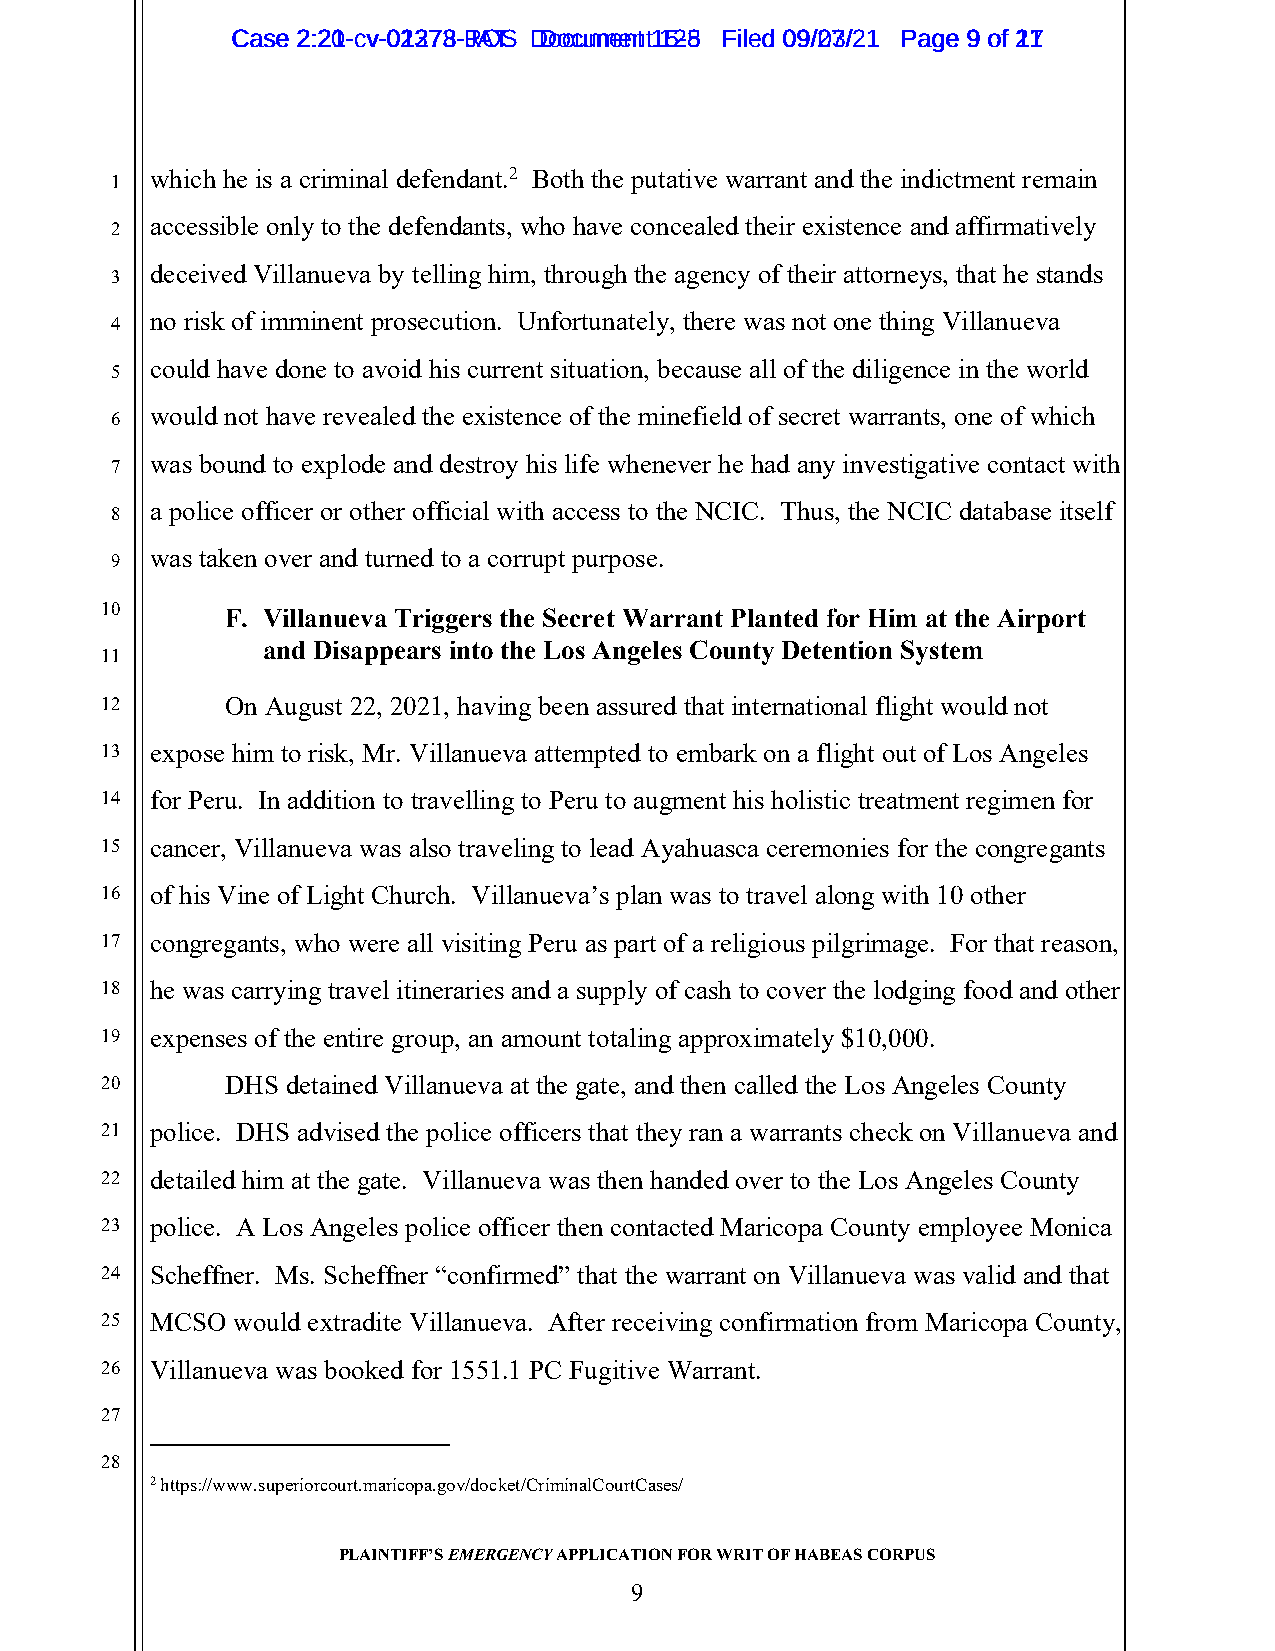
CCaassee 22::2201--ccvv--0021327738--RJAOTS D Dooccuummeennt t1 152-85 FFiilleedd 0099//2073//2211 PPaaggee 99 ooff 2117
 which he is a criminal defendant.2 Both the putative warrant and the indictment remain
 1
 accessible only to the defendants, who have concealed their existence and affirmatively
 2
 deceived Villanueva by telling him, through the agency of their attorneys, that he stands
 3
 no risk of imminent prosecution. Unfortunately, there was not one thing Villanueva
 4
 could have done to avoid his current situation, because all of the diligence in the world
 5
 would not have revealed the existence of the minefield of secret warrants, one of which
 6
 was bound to explode and destroy his life whenever he had any investigative contact with
 7
 a police officer or other official with access to the NCIC. Thus, the NCIC database itself
 8
 was taken over and turned to a corrupt purpose.
 9
 10      F. Villanueva Triggers the Secret Warrant Planted for Him at the Airport
 and Disappears into the Los Angeles County Detention System
 11
 12      On August 22, 2021, having been assured that international flight would not
 13 expose him to risk, Mr. Villanueva attempted to embark on a flight out of Los Angeles
 14 for Peru. In addition to travelling to Peru to augment his holistic treatment regimen for
 15 cancer, Villanueva was also traveling to lead Ayahuasca ceremonies for the congregants
 16 of his Vine of Light Church. Villanueva’s plan was to travel along with 10 other
 17 congregants, who were all visiting Peru as part of a religious pilgrimage. For that reason,
 18 he was carrying travel itineraries and a supply of cash to cover the lodging food and other
 19 expenses of the entire group, an amount totaling approximately $10,000.
 20      DHS detained Villanueva at the gate, and then called the Los Angeles County
 21 police. DHS advised the police officers that they ran a warrants check on Villanueva and
 22 detailed him at the gate. Villanueva was then handed over to the Los Angeles County
 23 police. A Los Angeles police officer then contacted Maricopa County employee Monica
 24 Scheffner. Ms. Scheffner “confirmed” that the warrant on Villanueva was valid and that
 25 MCSO would extradite Villanueva. After receiving confirmation from Maricopa County,
 26 Villanueva was booked for 1551.1 PC Fugitive Warrant.
 27
 28
 2 https://www.superiorcourt.maricopa.gov/docket/CriminalCourtCases/
 PLAINTIFF’S EMERGENCY APPLICATION FOR WRIT OF HABEAS CORPUS
 9